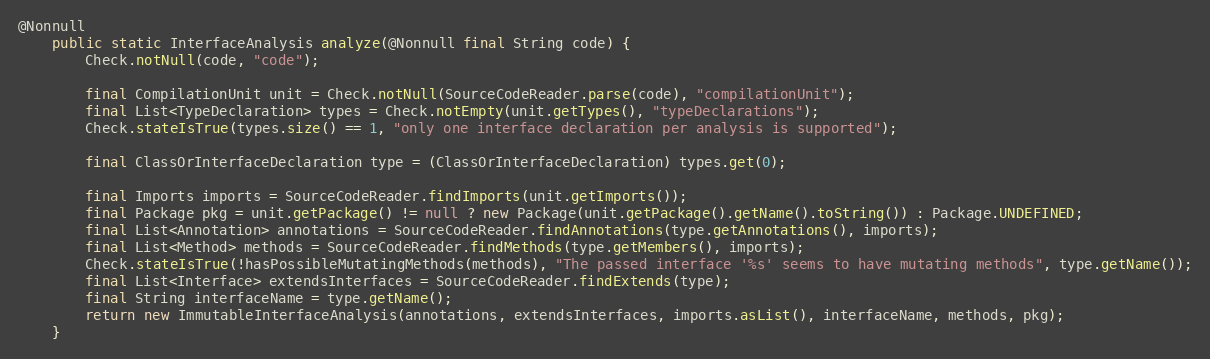
Language: Java
@Nonnull
	public static InterfaceAnalysis analyze(@Nonnull final String code) {
		Check.notNull(code, "code");

		final CompilationUnit unit = Check.notNull(SourceCodeReader.parse(code), "compilationUnit");
		final List<TypeDeclaration> types = Check.notEmpty(unit.getTypes(), "typeDeclarations");
		Check.stateIsTrue(types.size() == 1, "only one interface declaration per analysis is supported");

		final ClassOrInterfaceDeclaration type = (ClassOrInterfaceDeclaration) types.get(0);

		final Imports imports = SourceCodeReader.findImports(unit.getImports());
		final Package pkg = unit.getPackage() != null ? new Package(unit.getPackage().getName().toString()) : Package.UNDEFINED;
		final List<Annotation> annotations = SourceCodeReader.findAnnotations(type.getAnnotations(), imports);
		final List<Method> methods = SourceCodeReader.findMethods(type.getMembers(), imports);
		Check.stateIsTrue(!hasPossibleMutatingMethods(methods), "The passed interface '%s' seems to have mutating methods", type.getName());
		final List<Interface> extendsInterfaces = SourceCodeReader.findExtends(type);
		final String interfaceName = type.getName();
		return new ImmutableInterfaceAnalysis(annotations, extendsInterfaces, imports.asList(), interfaceName, methods, pkg);
	}